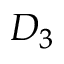
D _ { 3 }